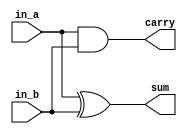
`timescale 1ns/1ns

module Half_Adder (
    input in_a, in_b,
    output sum, carry
);
    
    xor(sum, in_a, in_b);
    and(carry, in_a, in_b);

endmodule

module half_adder_tb;
    reg in_a = 1'b0;
    reg in_b = 1'b0;
    wire sum, carry;

    Half_Adder h1 (
        .in_a(in_a),
        .in_b(in_b),
        .sum(sum),
        .carry(carry)
    );


    initial
    begin
        $dumpfile("half_adder.vcd");
        $dumpvars(0, half_adder_tb);
    end

    initial
    begin
        in_a = 1'b0;
        in_b = 1'b0;
        #10;
        in_a = 1'b1;
        in_b = 1'b0;
        #10;
        in_a = 1'b0;
        in_b = 1'b1;
        #10;
        in_a = 1'b1;
        in_b = 1'b1;
        #10;
    end
    
    initial
    begin
        $monitor("A = %d\tB = %d\tSum = %d\tCarry = %d\t", in_a, in_b, sum, carry);
    end
endmodule